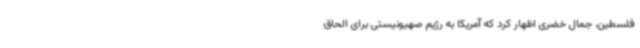
فلسطین، جمال خضری اظهار کرد که آمریکا به رژیم صهیونیستی برای الحاق